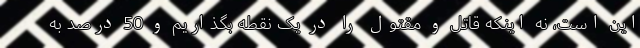
این است، نه اینکه قاتل و مقتول را در یک نقطه بگذاریم و 50 درصد به